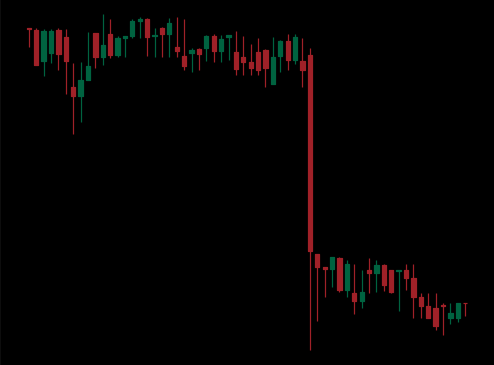
Pattern: unclassified